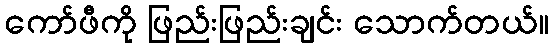
ကော်ဖီကို ဖြည်းဖြည်းချင်း သောက်တယ်။